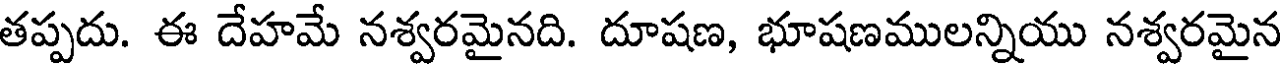
తప్పదు. ఈ దేహమే నశ్వరమైనది. దూషణ, భూషణములన్నియు నశ్వరమైన